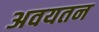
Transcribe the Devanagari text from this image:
अवयतन